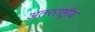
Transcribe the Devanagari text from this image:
अतरराष्ट्रीय